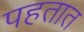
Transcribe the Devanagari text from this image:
पहतात